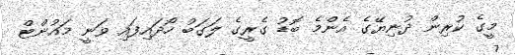
މީގެ ކުރިން ދުނިޔޭގެ އެންމެ ބޮޑު ގެރީގެ ލަގަބު ހޯދައިފައި ވަނީ މައުންޓް